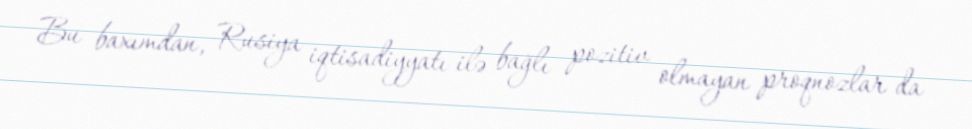
Bu baxımdan, Rusiya iqtisadiyyatı ilə bağlı pozitiv olmayan proqnozlar da